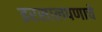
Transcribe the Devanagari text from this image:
इरसालपणाचे